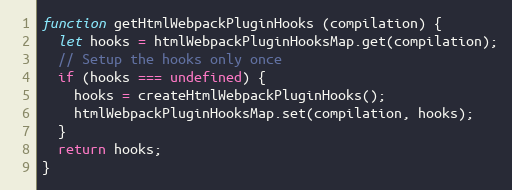
Language: JavaScript
function getHtmlWebpackPluginHooks (compilation) {
  let hooks = htmlWebpackPluginHooksMap.get(compilation);
  // Setup the hooks only once
  if (hooks === undefined) {
    hooks = createHtmlWebpackPluginHooks();
    htmlWebpackPluginHooksMap.set(compilation, hooks);
  }
  return hooks;
}